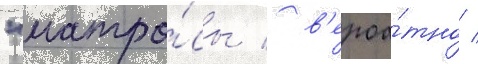
"матро́сы / в'ероа́тно /